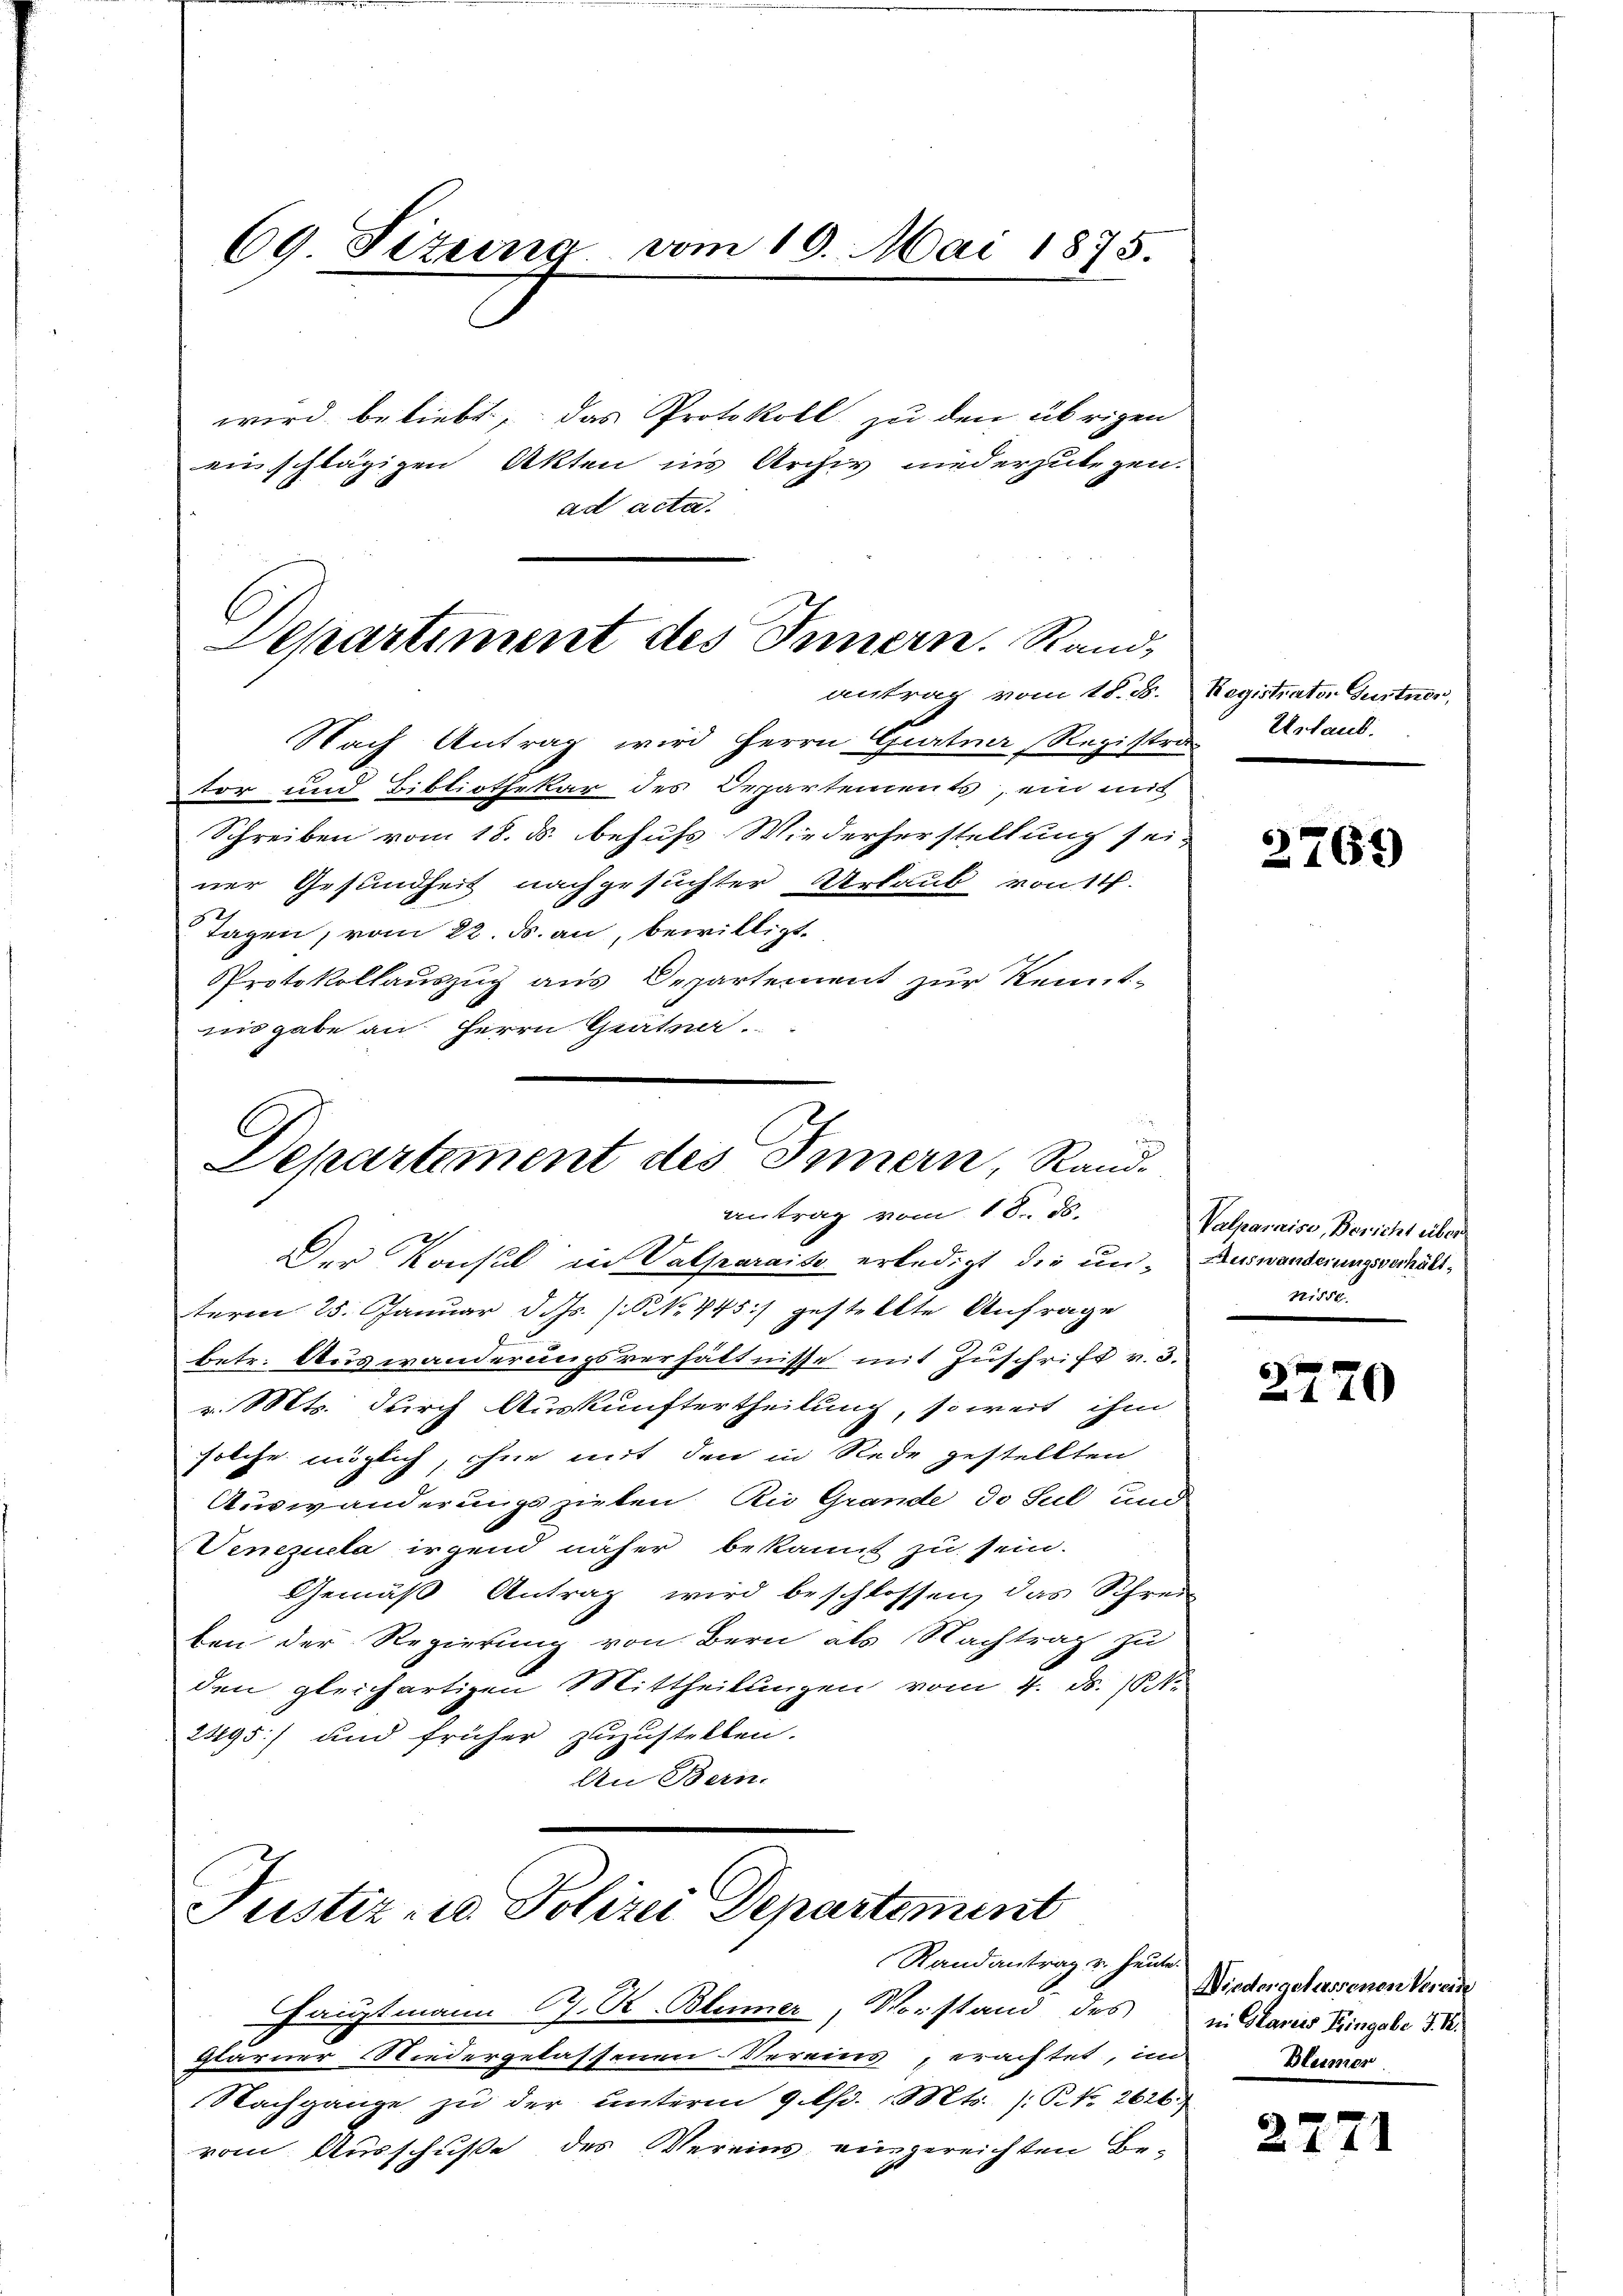
69. Sizung vom 10. Mai 1875.
wird beliebt, das Protokoll zu den übrigen
einschlägigen Akten ins Archiv niederzulegen.
ad acta.

Nach Antrag wird Herrn Gurtner Registraor und Bibliothekar des Departements, ein mit
Schreiben vom 18. ds. behufs Wiederherstellung sei-
ner Gesundheit nachgesuchter Urlaub von 11.
Tagen, vom 22. ds. an, bewilligt.
Protokollauszug aus Departement zur Kennt-
nisgabe an Herrn Grätner.

Departiment des Innern. Rand,
antrag vom 18. d. Registrator Gurtner,

2
Departement des Innern, Randantrag vom 18. ds.

Der Konsul in Valparais erledigt die un- Auswanderungsverhältterm 25. Januar d. Js. [No 745) gestellte Anfrage
betr. Auswanderungsverhältnisse mit Zuschrift v. 3.
v. Mts. durch Auskunftertheilung, soweit ihm
solche möglich, ohne mit den in Rede gestellten
Auswanderungszielen Rio Grande do sul und
Venezuela irgend näher bekannt zu sein.
Gemäß Antrag wird beschlossen, das Schrei
ben der Regierung von Bern als Nachtrag zu
den gleichartigen Mittheilungen vom 4. ds. 10.
2495) und früher zuzustellen.
An Bern.

Justiz- u. Polizei Departement
Randantrag v. Heute.

Hauptmann C. R. Blumer, Vorstand des
glarner Niedergelassenen-Vereins, erachtet, im Mumer
Nachgange zŭ der ŭnterm 9. lfd. Mts. /: P. N. 2626.
vom Ausschuße des Vereins, eingereichten Be¬

Ustand.

2769

Valparaise, Bericht über
nisse.

2770

Niedergelassenen Verein
in Clariis Kingabe J. K.

2771